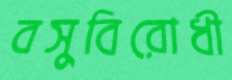
বসুবিরোধী